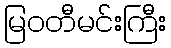
မြဝတီမင်းကြီး